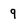
Character: 9